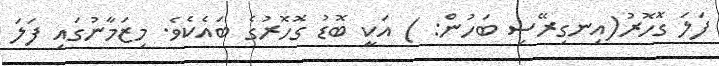
ފަލަ ގޮހޮރު(އިނގިރޭސި ބަހުން: ) އަކީ ބޮޑު ގޮހޮރުގެ ބައެކެވެ. މިޒަމާނުގައި ފަލަ